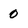
Character: 0